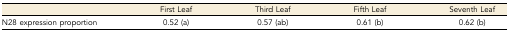
<table><thead><tr><td></td><td><b>First Leaf</b></td><td><b>Third Leaf</b></td><td><b>Fifth Leaf</b></td><td><b>Seventh Leaf</b></td></tr></thead><tbody><tr><td>N28 expression proportion</td><td>0.52 (a)</td><td>0.57 (ab)</td><td>0.61 (b)</td><td>0.62 (b)</td></tr></tbody></table>